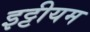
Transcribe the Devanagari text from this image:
इट्टीयम